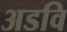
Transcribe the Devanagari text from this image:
अडवि